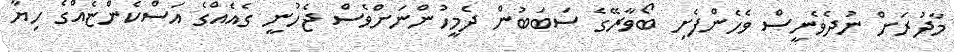
މާދުރަށް ނުދެވެނީސް ވެހެންފެށި ބޯވާރޭގެ ސަބަބުން ދެމީހުންނަށްވެސް ޖެހުނީ ގެއެއްގެ އަސްކެންޏެއްގެ ހިޔާ